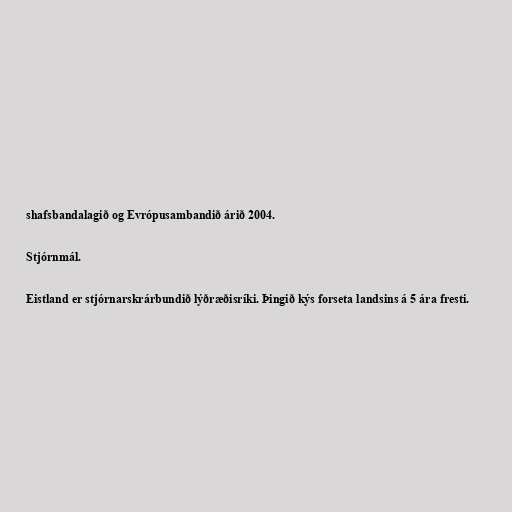
shafsbandalagið og Evrópusambandið árið 2004.

Stjórnmál.

Eistland er stjórnarskrárbundið lýðræðisríki. Þingið kýs forseta landsins á 5 ára fresti.